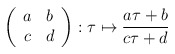
\begin{align*}\left( \begin{array}{cc}a & b\\c & d\end{array}\right) :\tau \mapsto \frac{a\tau +b}{c\tau +d}\end{align*}